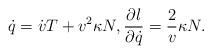
LaTeX: \begin{align*} \dot{q} = \dot{v}T+v^2\kappa N, \frac{\partial l}{\partial \dot{q}} = \frac{2}{v}\kappa N.\end{align*}